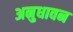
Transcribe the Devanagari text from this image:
अनुधावन